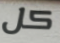
كل